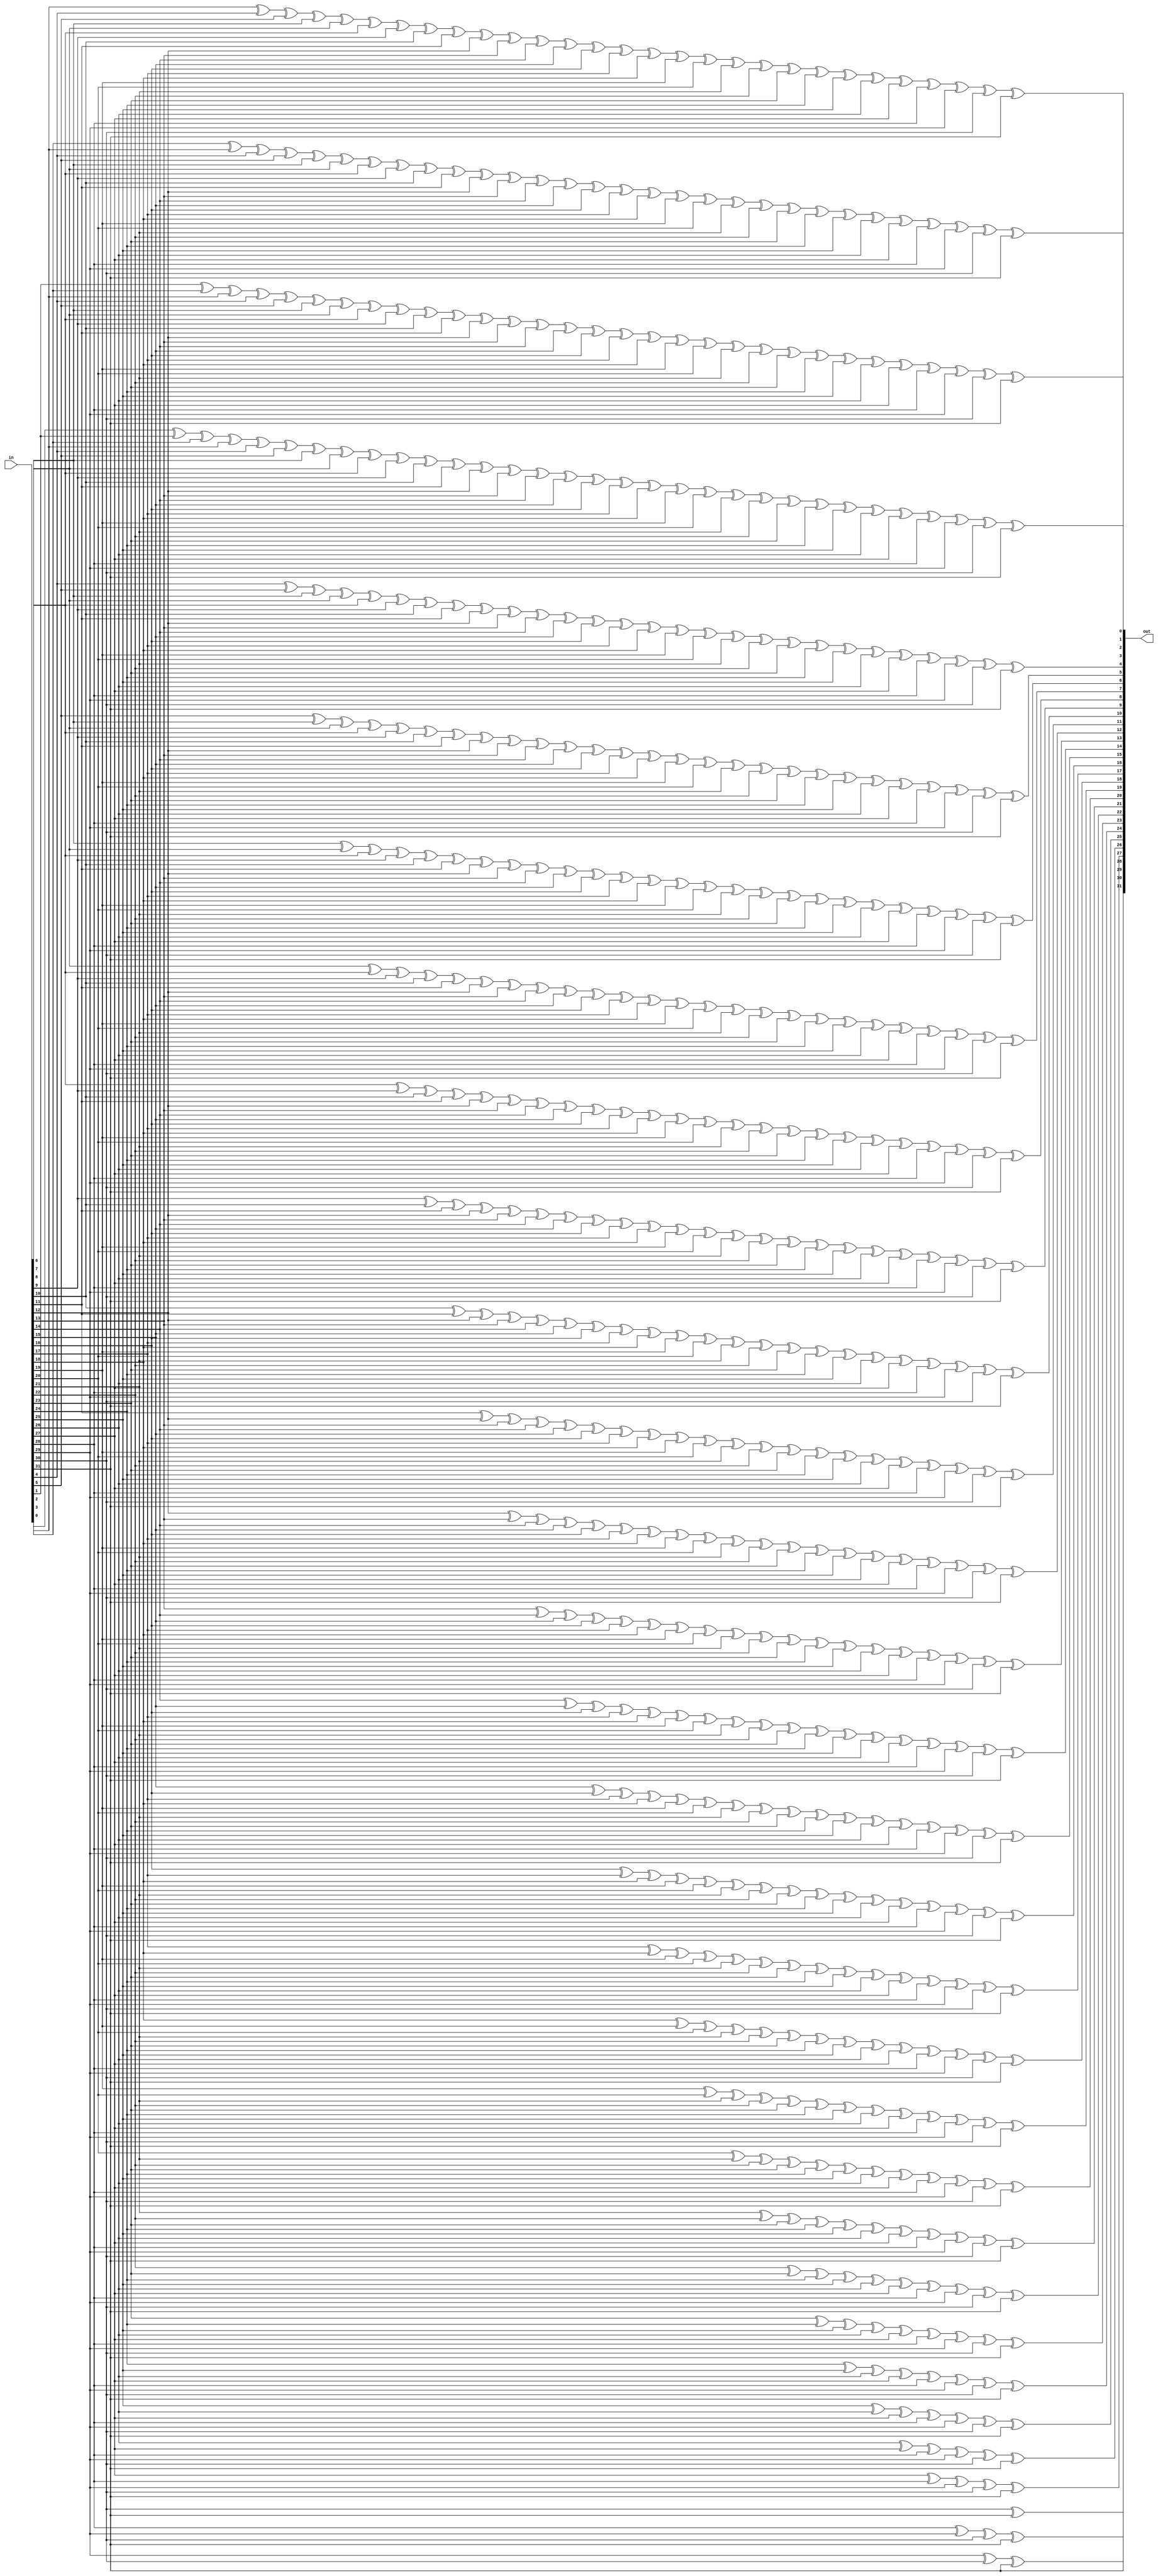
//#############################################################################
//# Function: Gray to binary encoder                                          #
//#############################################################################
//# Author:   Andreas Olofsson                                                #
//# License:  MIT (see LICENSE file in OH! repository)                        #
//#############################################################################

module oh_gray2bin #(parameter N = 32) // width of data inputs
   (
    input [N-1:0]  in,  //gray encoded input
    output [N-1:0] out  //binary encoded output
    );

   reg [N-1:0]     bin;
   wire [N-1:0]    gray;

   integer 	   i,j;

   assign gray[N-1:0] = in[N-1:0];
   assign out[N-1:0]  = bin[N-1:0];

   always @*
     begin
	bin[N-1] = gray[N-1];
	for (i=0; i<(N-1); i=i+1)
	  begin
	     bin[i] = 1'b0;
	     for (j=i; j<N; j=j+1)
	       bin[i] = bin[i] ^ gray [j];
	  end
     end

endmodule // oh_gray2bin